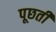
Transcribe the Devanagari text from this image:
पूछतीं